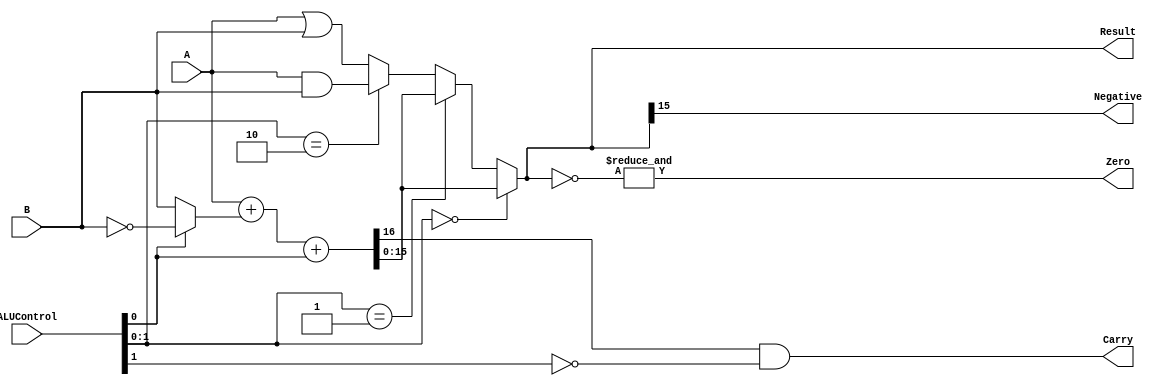
module alu (A,B,ALUControl,Result,Negative,Carry,Zero);
    //declaring inputs
    input [15:0] A,B;
    input [2:0] ALUControl;

    //declaring Outputs
    output [15:0] Result;
    //Flags
    output Negative,Carry,Zero;

    //declaring intermediate wires
    //AND or OR:
    wire [15:0] a_and_b;
    wire [15:0] a_or_b;

    //Addition or Subtraction:
    wire [15:0] not_b;
    wire [15:0] sum; 
    wire cout;
    //Mux
    wire [15:0] mux_1; //2's Complement Or Not
    wire [15:0] mux_2;

    //logic Design Outputs
    //AND Operation
    assign a_and_b = A & B;

    //OR Operation (Additional)
    assign a_or_b = A | B;

    //Tenary Operator
    //assign name = (Condition) ? True Value : False Value; 
    assign mux_1 = (ALUControl[0] == 2'b0) ? B : not_b; //2's complement

    //Addition or Subtraction:
    assign not_b = ~B; // 2's complement of B
    assign {cout,sum} = A + mux_1 + ALUControl[0];

    //4X1 Mux:
    assign mux_2 = (ALUControl[1:0] == 2'b00) ? sum : 
                   (ALUControl[1:0] == 2'b01) ? sum : 
                   (ALUControl[1:0] == 2'b10) ? a_and_b : a_or_b;

    // assign mux_2 = (ALUControl[1] == 1'b0) ? sum :
    //                (ALUControl[0] == 1'b0) ? a_and_b : a_or_b;
                   
    //Result:
    assign Result = mux_2;

    //Flag Assignments:
    assign Zero = &(~Result); //Zero Flag
    assign Negative = Result[15]; //Negative Flag
    assign Carry = cout & (~ALUControl[1]); //Carry Flag

endmodule